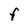
Character: F